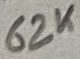
Text: 62K